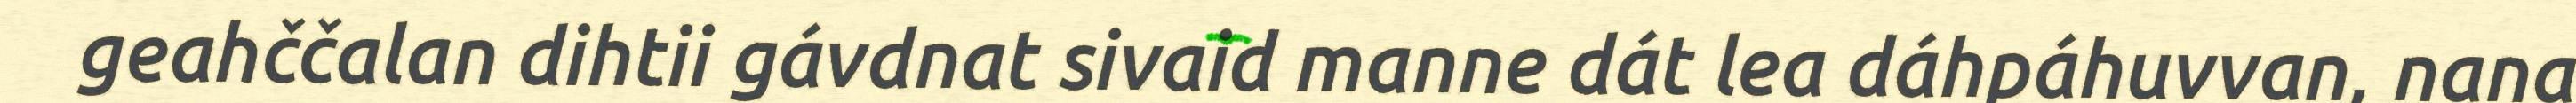
geahččalan dihtii gávdnat sivaid manne dát lea dáhpáhuvvan, nana